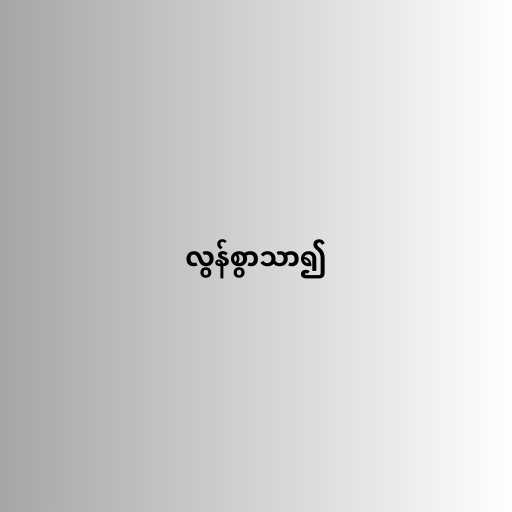
လွန်စွာသာ၍